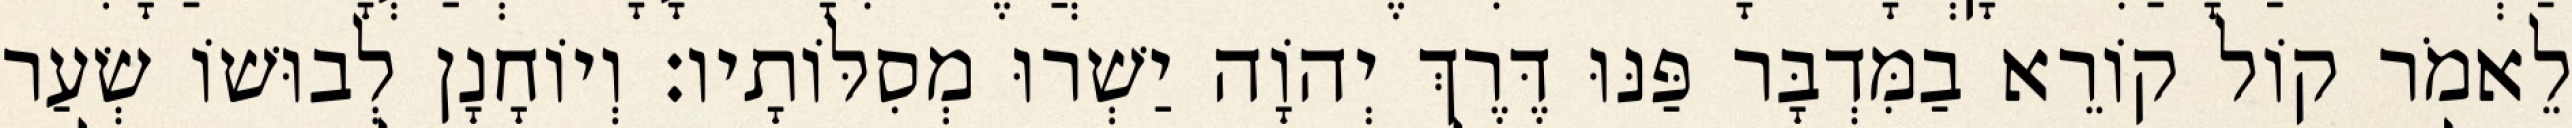
לֵאמֹר קוֹל קוֹרֵא בַמִּדְבָּר פַּנּוּ דֶּרֶךְ יְהוָֹה יַשְׁרוּ מְסִלּוֹתָיו׃ וְיוֹחָנָן לְבוּשׁוֹ שְׂעַר